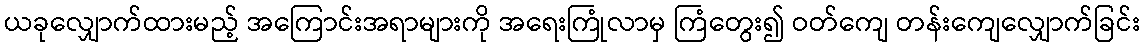
ယခုလျှောက်ထားမည့် အကြောင်းအရာများကို အရေးကြုံလာမှ ကြံတွေး၍ ဝတ်ကျေ တန်းကျေလျှောက်ခြင်း